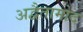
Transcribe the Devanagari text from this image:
अद्वैतामोद